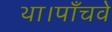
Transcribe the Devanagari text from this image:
था।पाँचवे